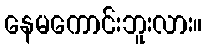
နေမကောင်းဘူးလား။